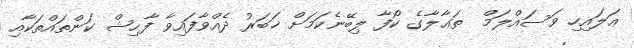
ޢަލައިހި ވަސައްލަމް  ތަޢާލާގެ ކޯފާ ލިިބޭނެކަމަށް ޚަބަރު ދެއްވާފައިވާ ފާޙިޝް ކަންތައްތަކާއި